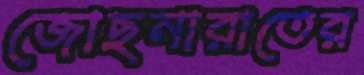
জোছনারাতের